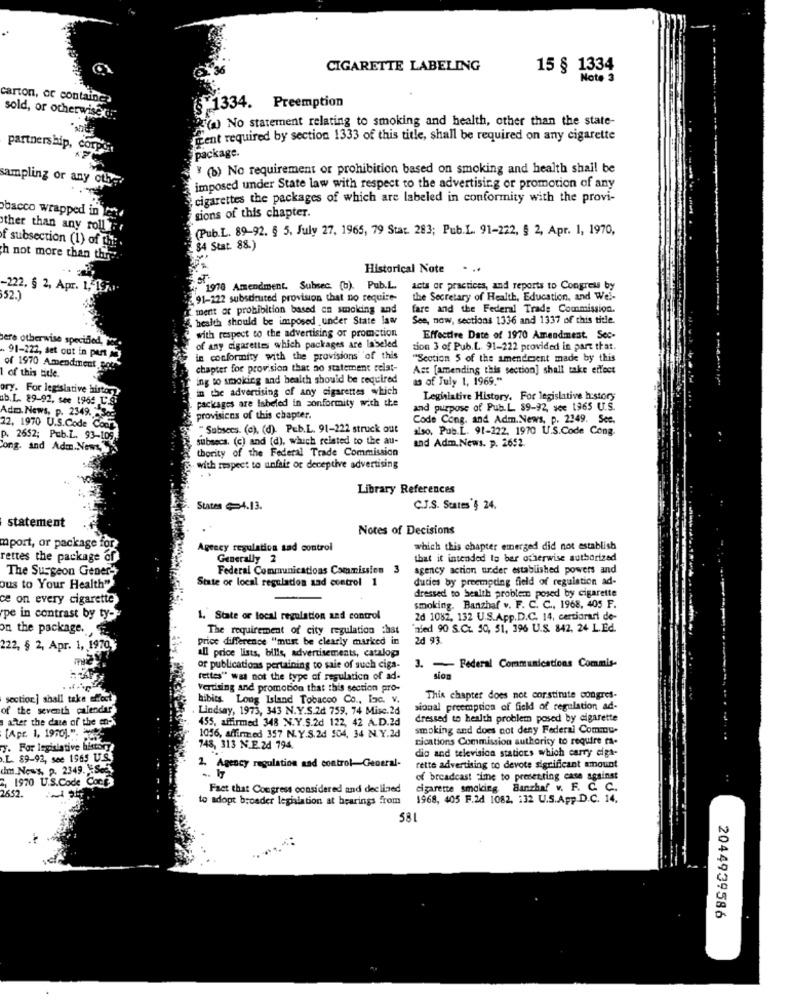
CIGARETTE LABELING
15 § 1334
Note 3
carton, or containes
§ 1334. Preemption
sold, or otherwise di
(a) No statement relating to smoking and health, other than the state-
ment required by section 1333 of this title, shall be required on any cigarette
partnership, cor
package.
" (b) No requirement or prohibition based on smoking and health shall be
sampling or any other
imposed under State law with respect to the advertising or promotion of any
cigarettes the packages of which are labeled in conformity with the provi-
bacco wrapped in
sions of this chapter.
ther than any roll
(Pub.L. 89-92. § 5. July 27, 1965, 79 Star. 283; Pub.L. 91-222, § 2, Apr. 1, 1970,
f subsection (1) of the
84 Stat. 88.)
h not more than thre
Historical Note
...
-222, § 2, Apr. 1, 19
: 1970 Amendment. Subsec. (b). Pub.L.
acts or practices, and reports to Congress by
$52.1
91-222 substituted provision that no require-
the Secretary of Health, Education, and We !-
ment or prohibition based an smoking and
fare and the Federal Trade Commission.
health should be imposed under State law
See, now, sections 1336 and 1337 of this tide.
with respect to the advertising or promotion
bere otherwise specified, i .
Effective Date of 1970 Amendment. Sec-
of any cigarettes which packages are labeled
tion 3 of Pub.L. 91-222 provided in part that.
.. 91-222, set out in port
in conformity with the provisions of this
"Section 5 of the amendment made by this
of 1970 Amendment Bot
of this title.
chapter for provision that ao statement relat-
Ast [amending this section] shall take effect
ing to smoking and health should be required
Is of July 1, 1969."
. For legislative histor
in the advertising of any cigarettes which
b.L. 89-92, see 1965 L
Legislative History. For legislative history
Adm. News, p. 2349. - Soc.
packages are Inbeled in conformity with the
and purpose of Pub.L. 89-92, see 1965 U.S.
provisions of this chapter.
Code Cong. and Adm. News, p. 2349. Sce.
12, 1970 U.S.Code Cool
"Subsecs. (c), (d). Peb.L. 91-222 struck out
also, Pub.L. 91-222, 1970 U.S.Code Cong.
p. 2652; Pub.L. 93-105
subsecs. (c) and (d), which related to the au-
g. and Adm.News,
thority of the Federal Trade Commission
and Adm, News. p. 2652.
with respect to unfair or deceptive advertising
Library References
States 4.13.
C.J.S. States'§ 24.
statement
Notes of Decisions
mport, or package for
Agency regulation tad control
which this chapter emerged did not establish
rettes the package of
Generally 2
that it intended to bar otherwise authorized
The Surgeon Gener-
Federal Communications Commission 3
agency action under established powers and
State of local regulation and control 1
duties by preempding field of regulation ad-
ous to Your Health"
dressed to bealth problem posed by cigarette
ce on every cigarette
smoking. Banzhaf v. F. C. C ., 1968, 405 F.
"pe in contrast by ty-
1. State of local regulation and control
2d 1082, 132 U.S.App.D.C. 14, certiorari de-
on the package.
The requirement of city regulation :hat
'nied 90 S.Ct. 50, 51, 396 U.S. 842, 24 L.Ed.
price difference "must be clearly marked in
2d 93.
222, § 2, Apr. 1, 1970
all price lists, bills, advertisements, catalog
- Federal Communications Commis-
of publications pertaining to sale of such ciga-
3.
fettes" was not the type of regulation of ad.
sion
vertising and promotion that this section pro-
section.] shall take effect
hibits Long Island Tobacco Co ., Inc. v.
This chapter does not constitute congres-
if the seventh calendar
Lindsay, 1973, 343 N.Y.S.2d 759, 74 Misc.2d
sional preemption of field of regulation ad-
after the date of the en-
455, affirmed 348 N.Y.S.2d 122, 42 A.D.2d
dressed to health problem posed by cigarette
[Apr. 1, 1970).".
smoking and does not deny Federal Commu
1056, affirmed 357 N.Y.S.24 504, 34 N.Y.2d
rications Commission authority to require ra-
y. For legislative history
748, 313 N.E.2d 794.
dio and television stations which carry eiga-
.L. 89-92, see 1965 U.S.
dim News, p. 2349. S.
2. Agency regulation and control-General-
rette advertising to devote significant amount
2, 1970 U.S.Code Cool
of breadcast time to presenting case against
Fact that Congress considered and declined
cigarette smoking Banzhaf v. F. C. C.
2852.
to adopt broader leghiation at bearings from
1968, 405 F.2d 1082, 132 U.S.App.D.C. 14.
581
2044939586